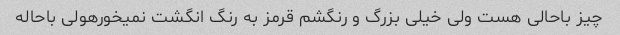
چیز باحالی هست ولی خیلی بزرگ و رنگشم قرمز به رنگ انگشت نمیخورهولی باحاله